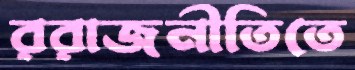
ররাজনীতিতে